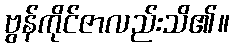
ဗွန်ကိုင်ဇာလည်းသိ၏။